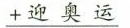
\underline{+迎 奥 运}